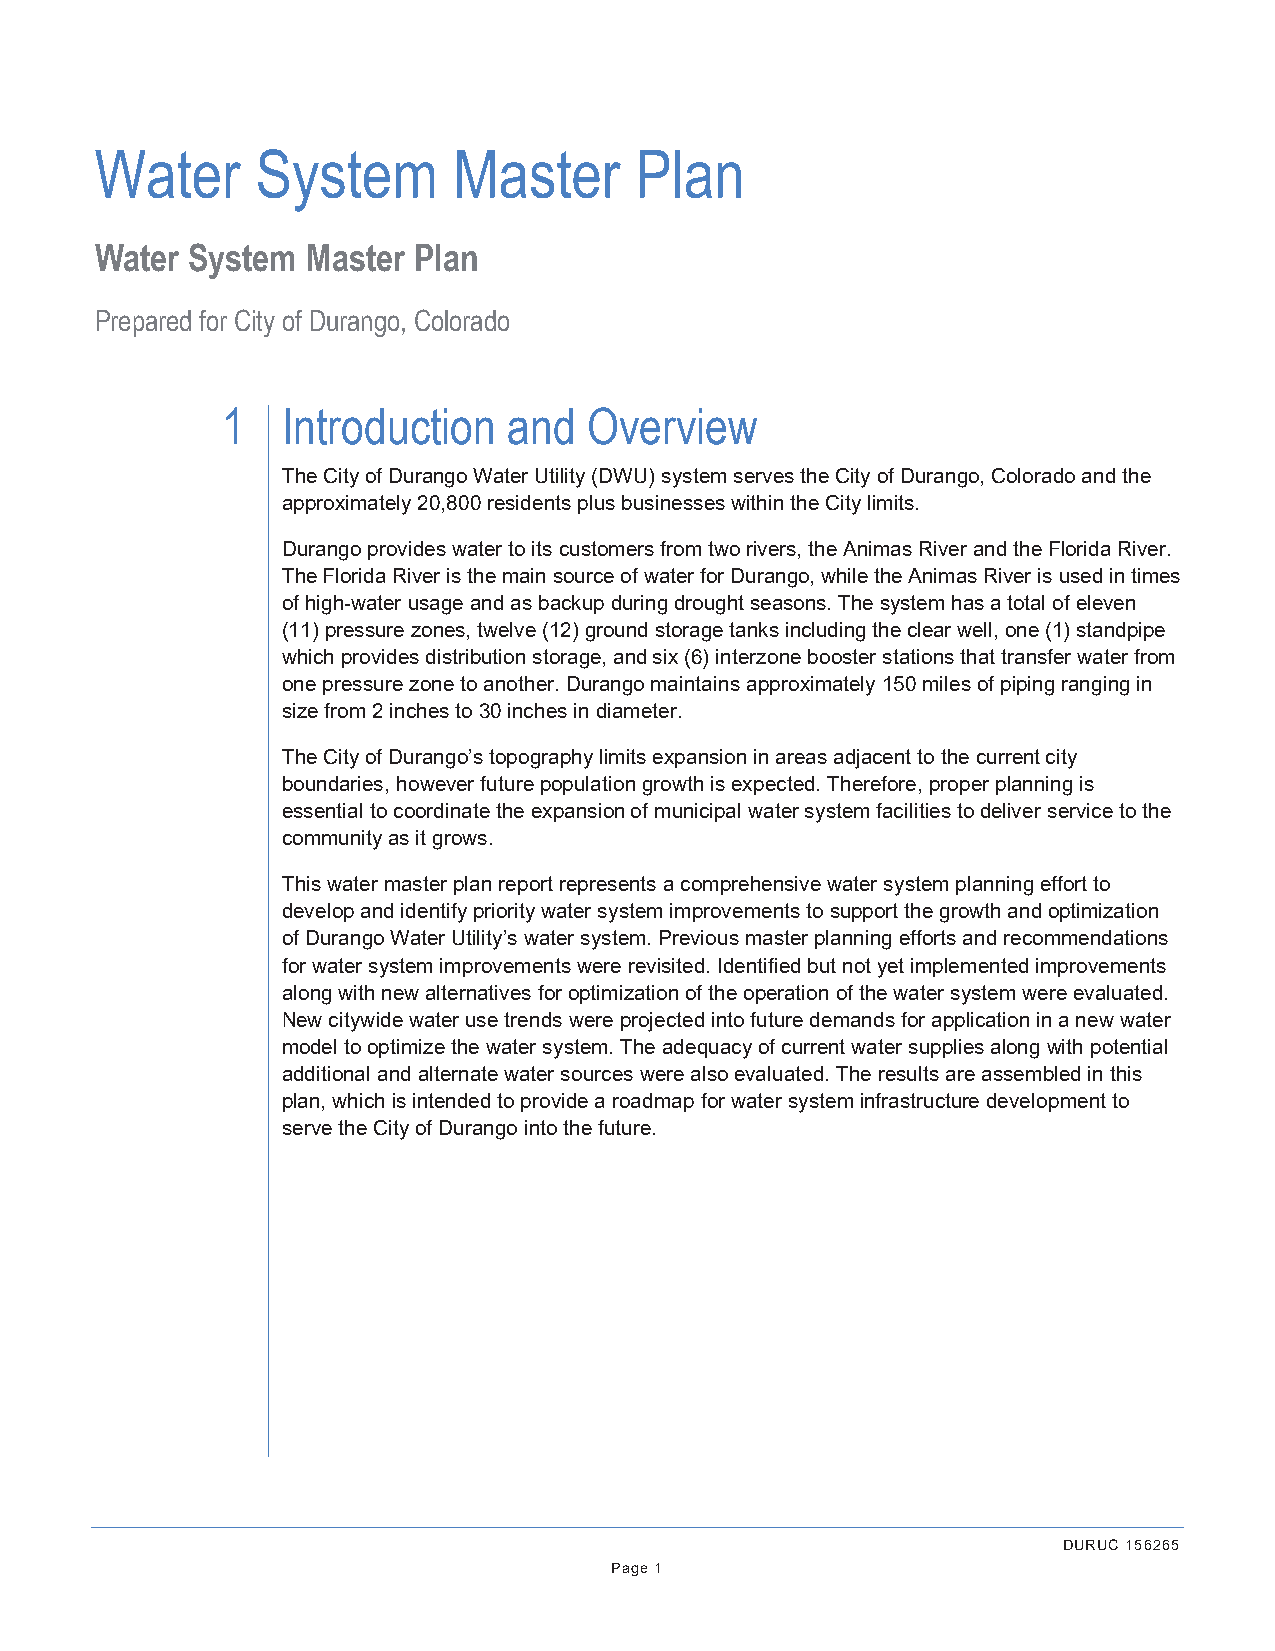
Water      System       Master      Plan
 Water System  Master Plan
 Prepared for City of Durango, Colorado
 1   Introduction   and  Overview
 The City of Durango Water Utility (DWU) system serves the City of Durango, Colorado and the
 approximately 20,800 residents plus businesses within the City limits.
 Durango provides water to its customers from two rivers, the Animas River and the Florida River.
 The Florida River is the main source of water for Durango, while the Animas River is used in times
 of high-water usage and as backup during drought seasons. The system has a total of eleven
 (11) pressure zones, twelve (12) ground storage tanks including the clear well, one (1) standpipe
 which provides distribution storage, and six (6) interzone booster stations that transfer water from
 one pressure zone to another. Durango maintains approximately 150 miles of piping ranging in
 size from 2 inches to 30 inches in diameter.
 The City of Durango’s topography limits expansion in areas adjacent to the current city
 boundaries, however future population growth is expected. Therefore, proper planning is
 essential to coordinate the expansion of municipal water system facilities to deliver service to the
 community as it grows.
 This water master plan report represents a comprehensive water system planning effort to
 develop and identify priority water system improvements to support the growth and optimization
 of Durango Water Utility’s water system. Previous master planning efforts and recommendations
 for water system improvements were revisited. Identified but not yet implemented improvements
 along with new alternatives for optimization of the operation of the water system were evaluated.
 New citywide water use trends were projected into future demands for application in a new water
 model to optimize the water system. The adequacy of current water supplies along with potential
 additional and alternate water sources were also evaluated. The results are assembled in this
 plan, which is intended to provide a roadmap for water system infrastructure development to
 serve the City of Durango into the future.
 DURUC 156265
 Page 1